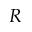
R